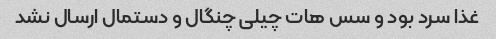
غذا سرد بود و سس هات چیلی چنگال و دستمال ارسال نشد